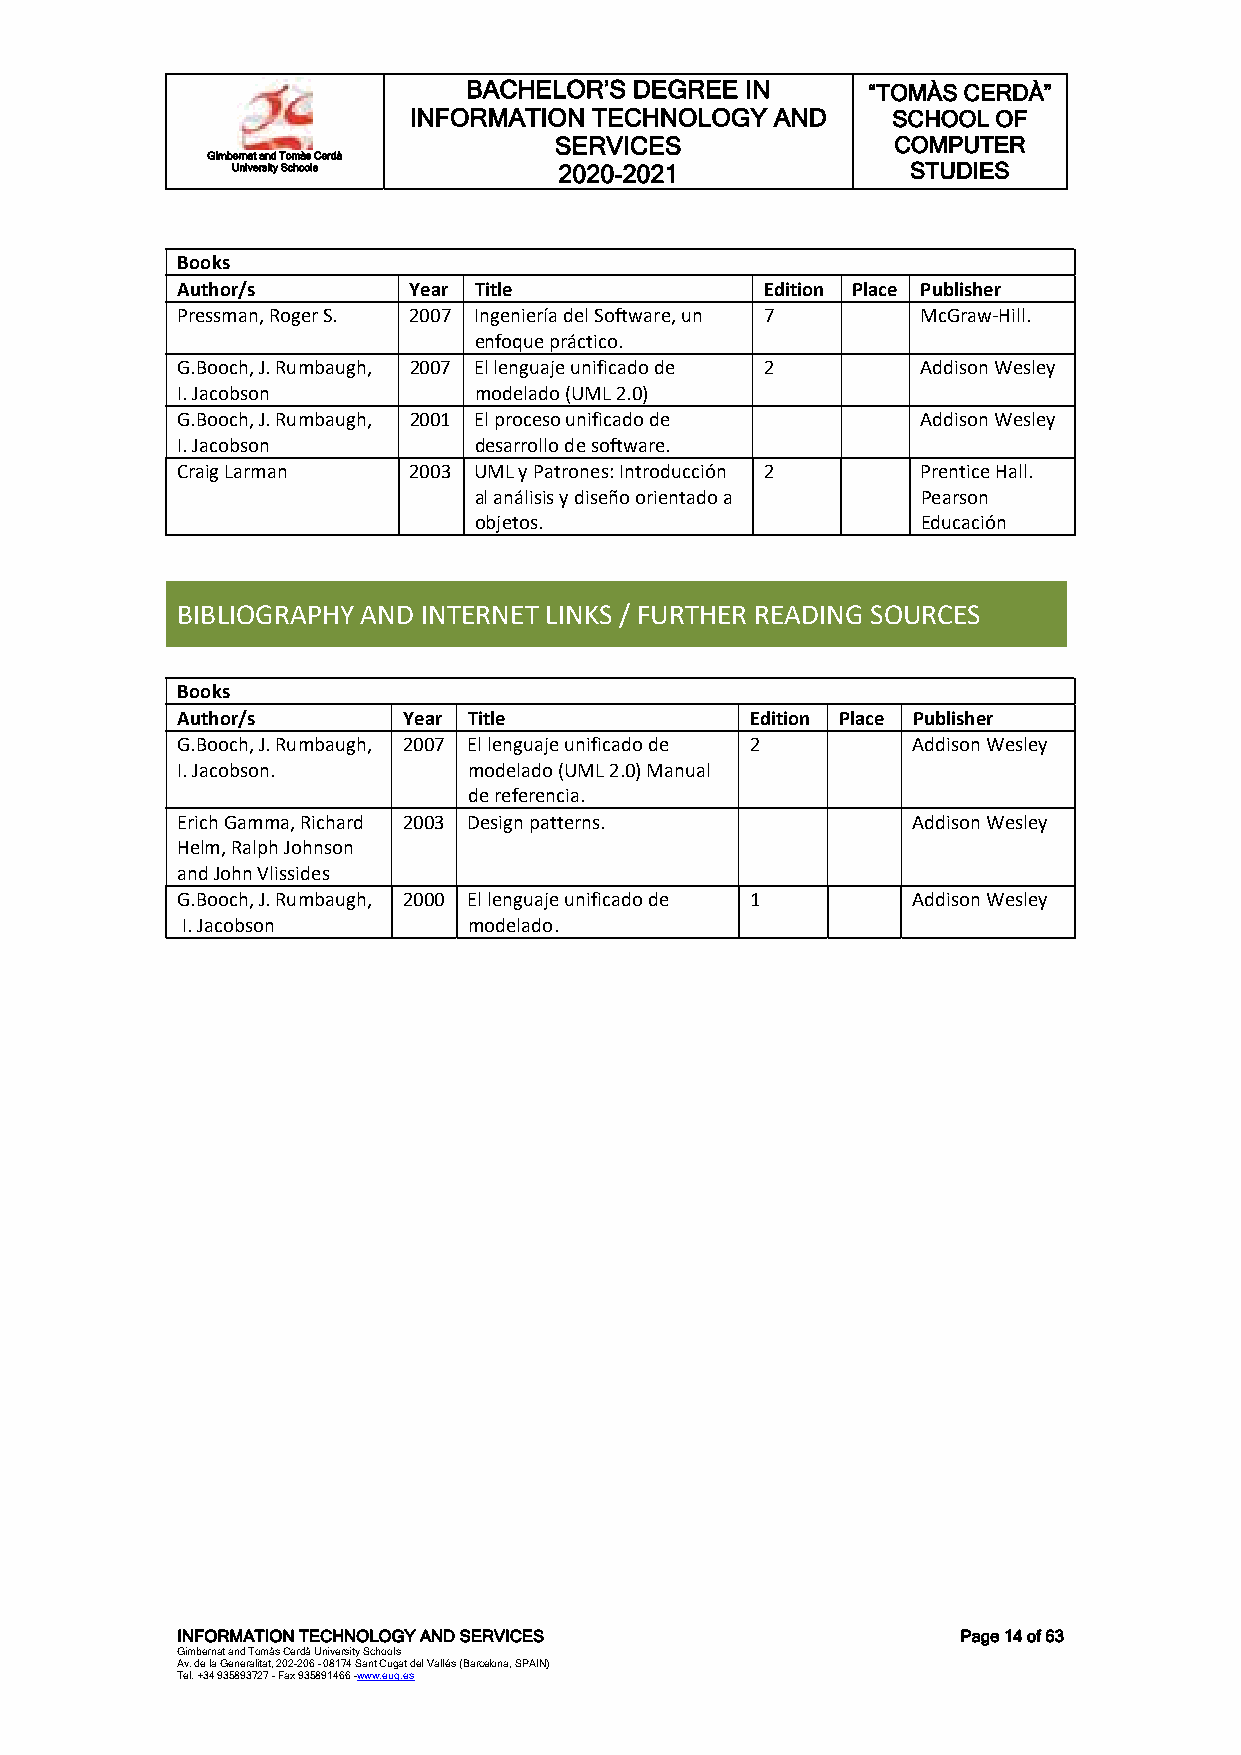
BACHELOR’S DEGREE IN      “TOMÀS CERDÀ”
 INFORMATION TECHNOLOGY  AND     SCHOOL OF
 SERVICES              COMPUTER
 Gimbernat and Tomàs Cerdà
 University Schools    2020-2021              STUDIES
 Books
 Author/s       Year Title              Edition Place Publisher
 Pressman, Roger S. 2007 Ingeniería del Software, un 7 McGraw-Hill.
 enfoque práctico.
 G.Booch, J. Rumbaugh, 2007 El lenguaje unificado de 2 Addison Wesley
 I. Jacobson        modelado (UML 2.0)
 G.Booch, J. Rumbaugh, 2001 El proceso unificado de Addison Wesley
 I. Jacobson        desarrollo de software.
 Craig Larman   2003 UML y Patrones: Introducción 2 Prentice Hall.
 al análisis y diseño orientado a Pearson
 objetos.                      Educación
 BIBLIOGRAPHY AND INTERNET LINKS / FURTHER READING SOURCES
 Books
 Author/s       Year Title             Edition Place Publisher
 G.Booch, J. Rumbaugh, 2007 El lenguaje unificado de 2 Addison Wesley
 I. Jacobson.       modelado (UML 2.0) Manual
 de referencia.
 Erich Gamma, Richard 2003 Design patterns.      Addison Wesley
 Helm, Ralph Johnson
 and John Vlissides
 G.Booch, J. Rumbaugh, 2000 El lenguaje unificado de 1 Addison Wesley
 I. Jacobson        modelado.
 INFORMATION TECHNOLOGY AND SERVICES                 Page 14 of 63
 Gimbernat and Tomàs Cerdà University Schools
 Av. de la Generalitat, 202-206 - 08174 Sant Cugat del Vallés (Barcelona, SPAIN)
 Tel. +34 935893727 - Fax 935891466 -www.eug.es